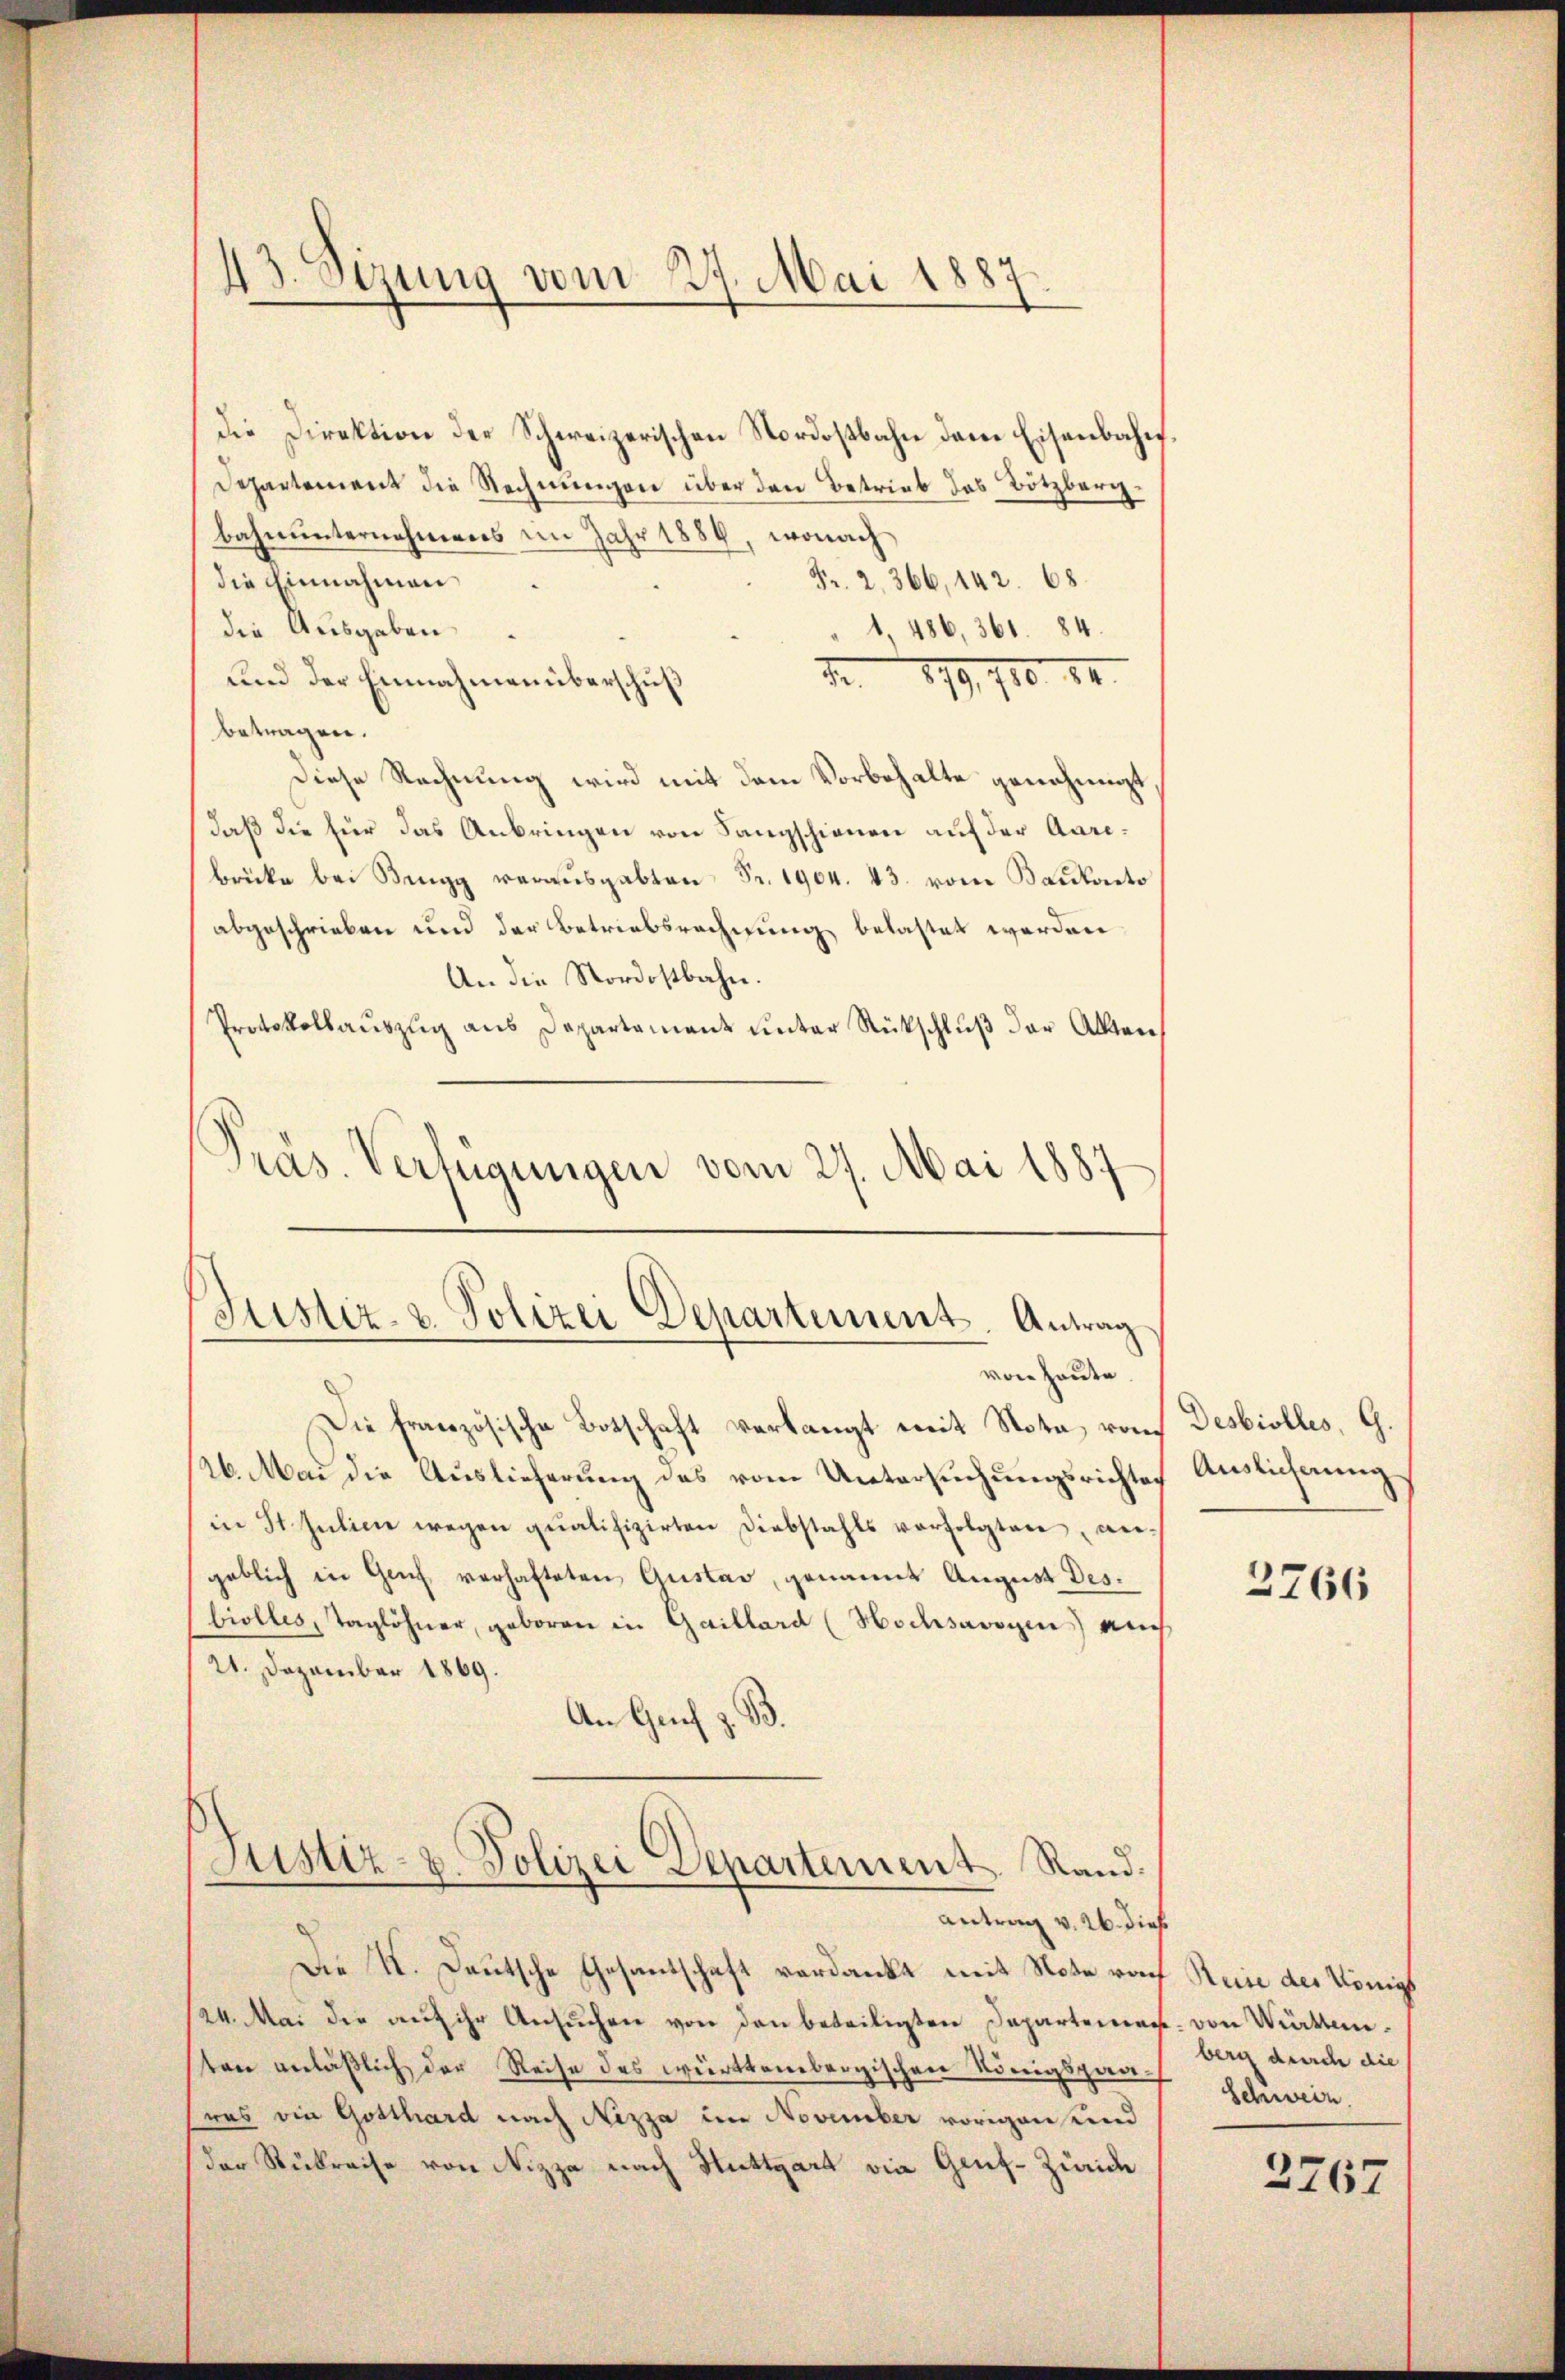
¬
d. Sizung vom 27. Mai 1887

die Direktion der Schweizerischen Nordostbahn dene Eisenbahn¬
Departement die Rechnungen über den Betrieb das Bötzberg.
bahnunternehmens im Jahr 1884, wonach
Fr. 2. 366, 142. 68.
die Einnahmen
die Ausgaben
1, 486,361. 84.
1. 879, 700. 84.
und der Einnahmen überschuß
betragen.
Diese Rechnung wird mit dem Vorbehalte genehmigt
daß die für das Anbringen von Sangschienen auf der Aarebrücke bei King veraŭsgabten Fr. 1904. 43. vom Bauterto
abgeschrieben und der Betriebsrechnung belastet werden
An die Nordostbahn.
Protokollauszug aus Departament unter Rückschluß der Akten
Präs. Verfügungen vom 27. Mai 1887

Justiz- & Polizei Departement. Antrag
von Heute

Die französische Botschaft verlangt mit Nota, ron Desbiolles, G.
126. Mai die Auslieferung des vom Untersuchungsrichter
in St. Julien wegen qualifizirten Diebstahls verfolgten, an-
geblich in Genf verhafteten Gustav genannt August Desbiolles, Taglöhner, geboren in Gaillard (Hochsavoyen) auch
21. Dezember 1869.
An Grueh z. B.
Justiz- u. Polizei Departement. Rand.
antrag v. 26. dieß
Die II. Deutsche Gesantschaft verdankt mit Note rach Reise des Königs
124. Mai die auf ihr Ansŭchen von den beteiligten Departemen von Württemten anläßlich der Reise des württembergischen Königspaawas die Gotthard nach Nizza im November vorigen und
der Rükreise von Nizza nach Stuttgart die Genf-Zürich

Auslicherung

2766

berg durch die
Schweiz.
2767